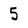
Character: 5